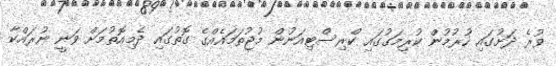
ވުރެ ދަށުގައި ހުރުމުން ކުރިމަގުގައި ކްރިސްޓިއަނުން މުޖުތަމައެއްގެ ގޮތުގައި ދެމިއޮތުމަށް ވަނީ ނުރައްކާ